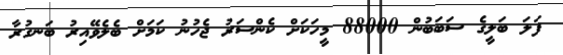
ފަލަ ބަލީގެ ސަބަބުން 88000 މީހަކަށް ކެންސަރު ޖެހުނު ކަމަށް ބެލެވޭއިރު ބަނގުރާ